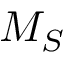
M _ { S }